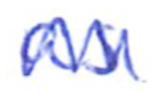
Text: as
Cross-out: zig-zag
Writing tool: ballpoint